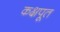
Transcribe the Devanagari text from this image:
कक्षपूत